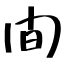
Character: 間